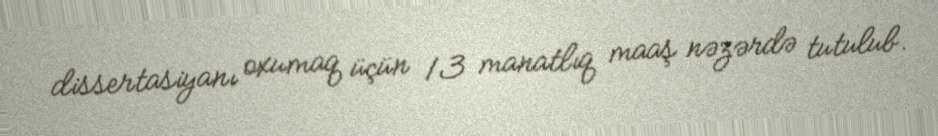
dissertasiyanı oxumaq üçün 13 manatlıq maaş nəzərdə tutulub.